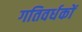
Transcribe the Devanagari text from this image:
गतिवर्धकों